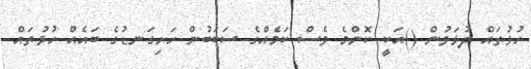
ހުޅުތައް ދުޅަވުން ()އަކީ ކޮންމެ ވެސް ކަމެއްގެ ސަބަބުން ހަށިގަނޑުގެ ބައެއް ހުޅުތައް